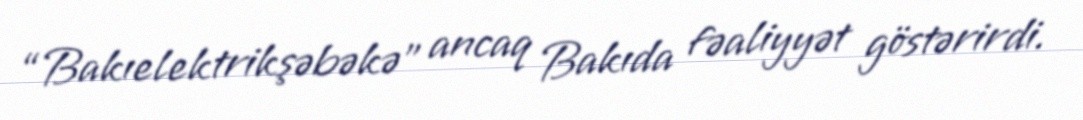
“Bakıelektrikşəbəkə” ancaq Bakıda fəaliyyət göstərirdi.